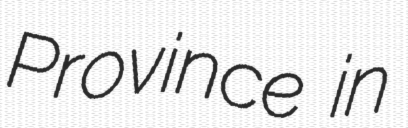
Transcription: Province in